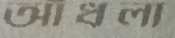
আঁধলা